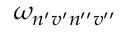
\omega _ { n ^ { \prime } v ^ { \prime } n ^ { \prime \prime } v ^ { \prime \prime } }